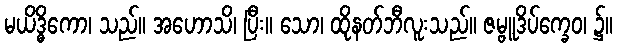
မယိဒ္ဓိကော၊ သည်။ အဟောသိ၊ ပြီး။ သော၊ ထိုနတ်ဘီလူးသည်။ ဇမ္ဗူဒိပ်က္ခေဝ၊ ၌။